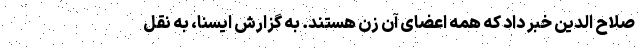
صلاح الدین خبر داد که همه اعضای آن زن هستند. به گزارش ایسنا، به نقل